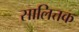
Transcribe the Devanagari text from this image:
सालित्तक